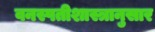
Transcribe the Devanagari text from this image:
वनस्पतीशास्त्रानुसार